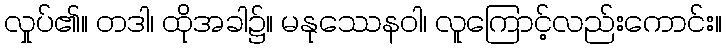
လှုပ်၏။ တဒါ၊ ထိုအခါ၌။ မနုဿေနဝါ၊ လူကြောင့်လည်းကောင်း။